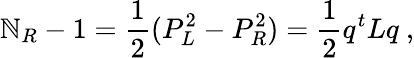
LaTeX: \mathbb{N}_{R}-1=\frac{{1}}{{2}}(P_{L}^{2}-P_{R}^{2})=\frac{{1}}{{2}}q^{t}Lq\ ,